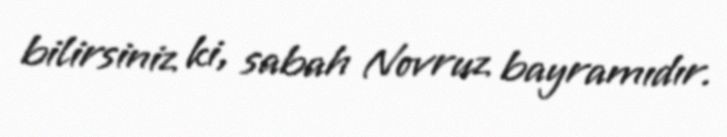
bilirsiniz ki, sabah Novruz bayramıdır.